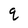
Character: q